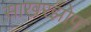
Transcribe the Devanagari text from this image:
साखरझोप